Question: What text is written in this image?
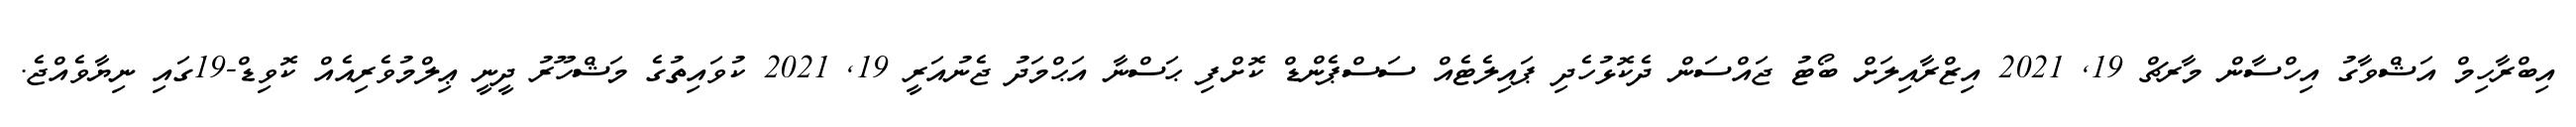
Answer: އިބްރާހިމް އަޝްވާގު އިހްސާން މާރޗް 19, 2021 އިޒްރާއިލަށް ބޯޓު ޖައްސަން ދެކޮޅުހެދި ޕައިލެޓެއް ސަސްޕެންޑް ކޮށްފި ޙަސްނާ އަޙްމަދު ޖެނުއަރީ 19, 2021 ކުވައިތުގެ މަޝްހޫރު ދީނީ ޢިލްމުވެރިއެއް ކޮވިޑް-19ގައި ނިޔާވެއްޖެ.